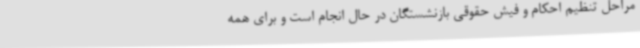
مراحل تنظیم احکام و فیش حقوقی بازنشستگان در حال انجام است و برای همه